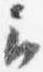
云